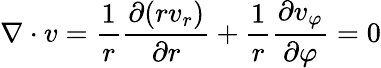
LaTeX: \nabla\cdot v=\frac{1}{r}\frac{\partial(rv_{r})}{\partial r}+\frac{1}{r}\frac{\partial v_{\varphi}}{\partial\varphi}=0